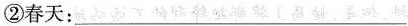
②春天：___